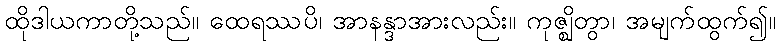
ထိုဒါယကာတို့သည်။ ထေရဿပိ၊ အာနန္ဒာအားလည်း။ ကုဇ္ဈိတွာ၊ အမျက်ထွက်၍။